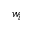
w _ { i }